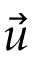
\vec { u }